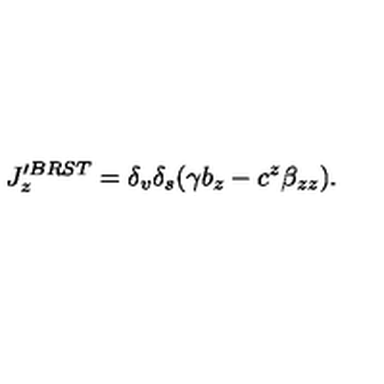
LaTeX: J _ { z } ^ { \prime B R S T } = \delta _ { v } \delta _ { s } ( \gamma b _ { z } - c ^ { z } \beta _ { z z } ) .